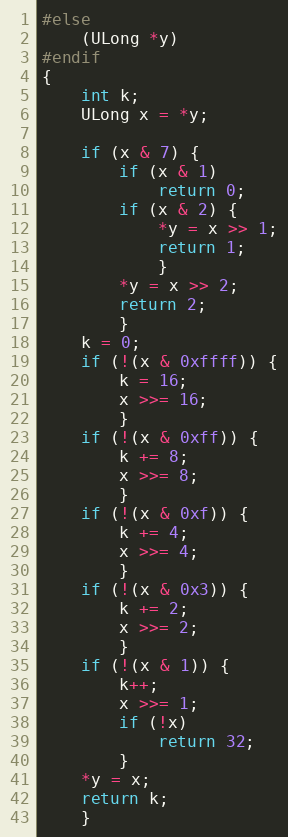
Language: C
#else
	(ULong *y)
#endif
{
	int k;
	ULong x = *y;

	if (x & 7) {
		if (x & 1)
			return 0;
		if (x & 2) {
			*y = x >> 1;
			return 1;
			}
		*y = x >> 2;
		return 2;
		}
	k = 0;
	if (!(x & 0xffff)) {
		k = 16;
		x >>= 16;
		}
	if (!(x & 0xff)) {
		k += 8;
		x >>= 8;
		}
	if (!(x & 0xf)) {
		k += 4;
		x >>= 4;
		}
	if (!(x & 0x3)) {
		k += 2;
		x >>= 2;
		}
	if (!(x & 1)) {
		k++;
		x >>= 1;
		if (!x)
			return 32;
		}
	*y = x;
	return k;
	}